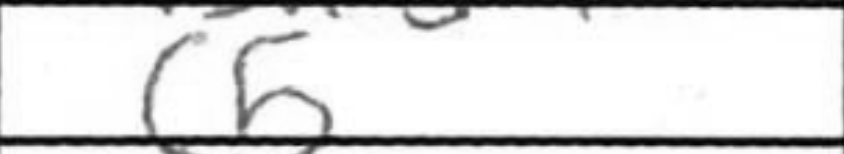
Transcription: c5